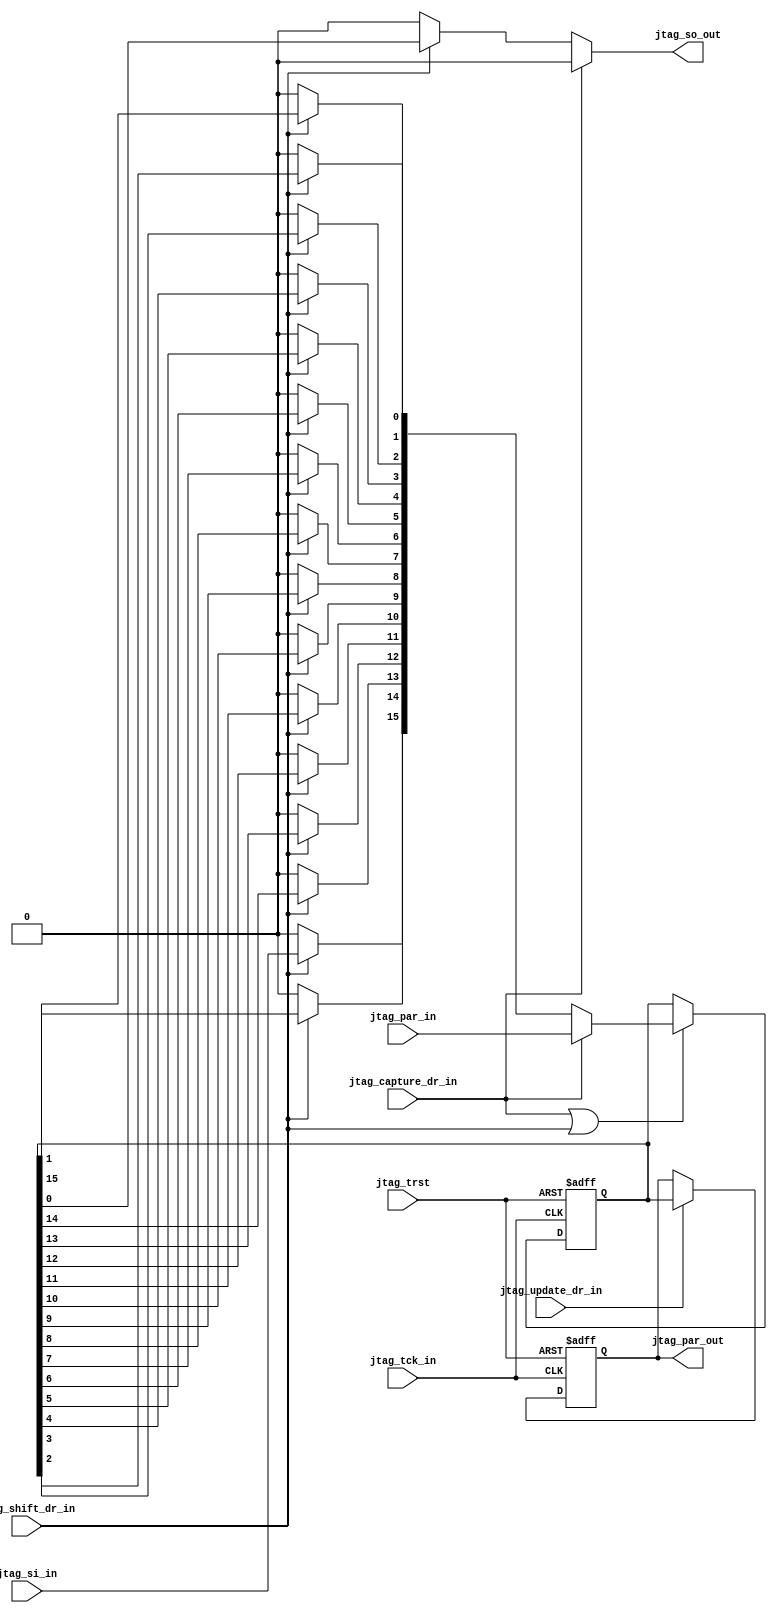

// File generated by Go version U-2022.12#33f3808fcb#221128, Thu Jan 25 16:08:15 2024
// Copyright 2014-2022 Synopsys, Inc. All rights reserved.
// go -I../lib -F -DSYNTHESIS_NO_UNGROUP -D__tct_patch__=0 -Verilog -otrv32p3_cnn_vlog -cgo_options.cfg -Itrv32p3_cnn_vlog/tmp_pdg -updg -updg_controller trv32p3_cnn



`timescale 1ns/1ps

// module jtag_scan_register :
module jtag_scan_register
  #(parameter scan_reg_width = 16)
  ( input                           jtag_trst,
    input                           jtag_capture_dr_in,
    input      [scan_reg_width-1:0] jtag_par_in,
    input                           jtag_shift_dr_in,
    input                           jtag_si_in,
    input                           jtag_tck_in,
    input                           jtag_update_dr_in,
    output     [scan_reg_width-1:0] jtag_par_out,
    output reg                      jtag_so_out
  );


  reg    [scan_reg_width-1:0] scan_reg_master;
  reg    [scan_reg_width-1:0] scan_reg_sig;
  reg    [scan_reg_width-1:0] scan_reg_slave;

  assign jtag_par_out = scan_reg_slave;

  always @ (*)
  begin : scan_reg_master_input
    integer i;
    scan_reg_sig = 0;
    jtag_so_out = 0;
    if (jtag_capture_dr_in)
      scan_reg_sig = jtag_par_in;
    else if (jtag_shift_dr_in)
    begin
      jtag_so_out = scan_reg_master[0];
      for (i = 0; i < scan_reg_width-1; i = i+1)
        scan_reg_sig[i] = scan_reg_master[i+1];
      scan_reg_sig[scan_reg_width-1] = jtag_si_in;
    end
  end

  // spyglass disable_block W391
  // DISABLES: W391 (Reports modules driven by both edges of a clock)
  // REASON: According to JTAG standard IEEE 1149.1, the test data registers
  //         shall be latched on the falling edge of TCK
  always @ (posedge jtag_tck_in or negedge jtag_trst)
  begin : clock_scan_reg_master
    if (! jtag_trst)
      scan_reg_master <= 0;
    else if (jtag_capture_dr_in || jtag_shift_dr_in)
      scan_reg_master <= scan_reg_sig;
  end

  always @ (negedge jtag_tck_in or negedge jtag_trst)
  begin : clock_scan_reg_slave
    if (! jtag_trst)
      scan_reg_slave <= 0;
    else if (jtag_update_dr_in)
      scan_reg_slave <= scan_reg_master;
  end
  // spyglass enable_block W391

endmodule